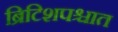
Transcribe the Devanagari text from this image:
ब्रिटिशपश्चात